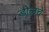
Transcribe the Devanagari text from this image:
डोलचे